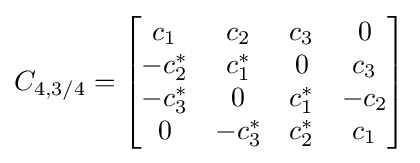
C_{4,3/4}={\begin{bmatrix}c_{1}&c_{2}&c_{3}&0\\-c_{2}^{*}&c_{1}^{*}&0&c_{3}\\-c_{3}^{*}&0&c_{1}^{*}&-c_{2}\\0&-c_{3}^{*}&c_{2}^{*}&c_{1}\end{bmatrix}}